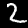
Digit: 2